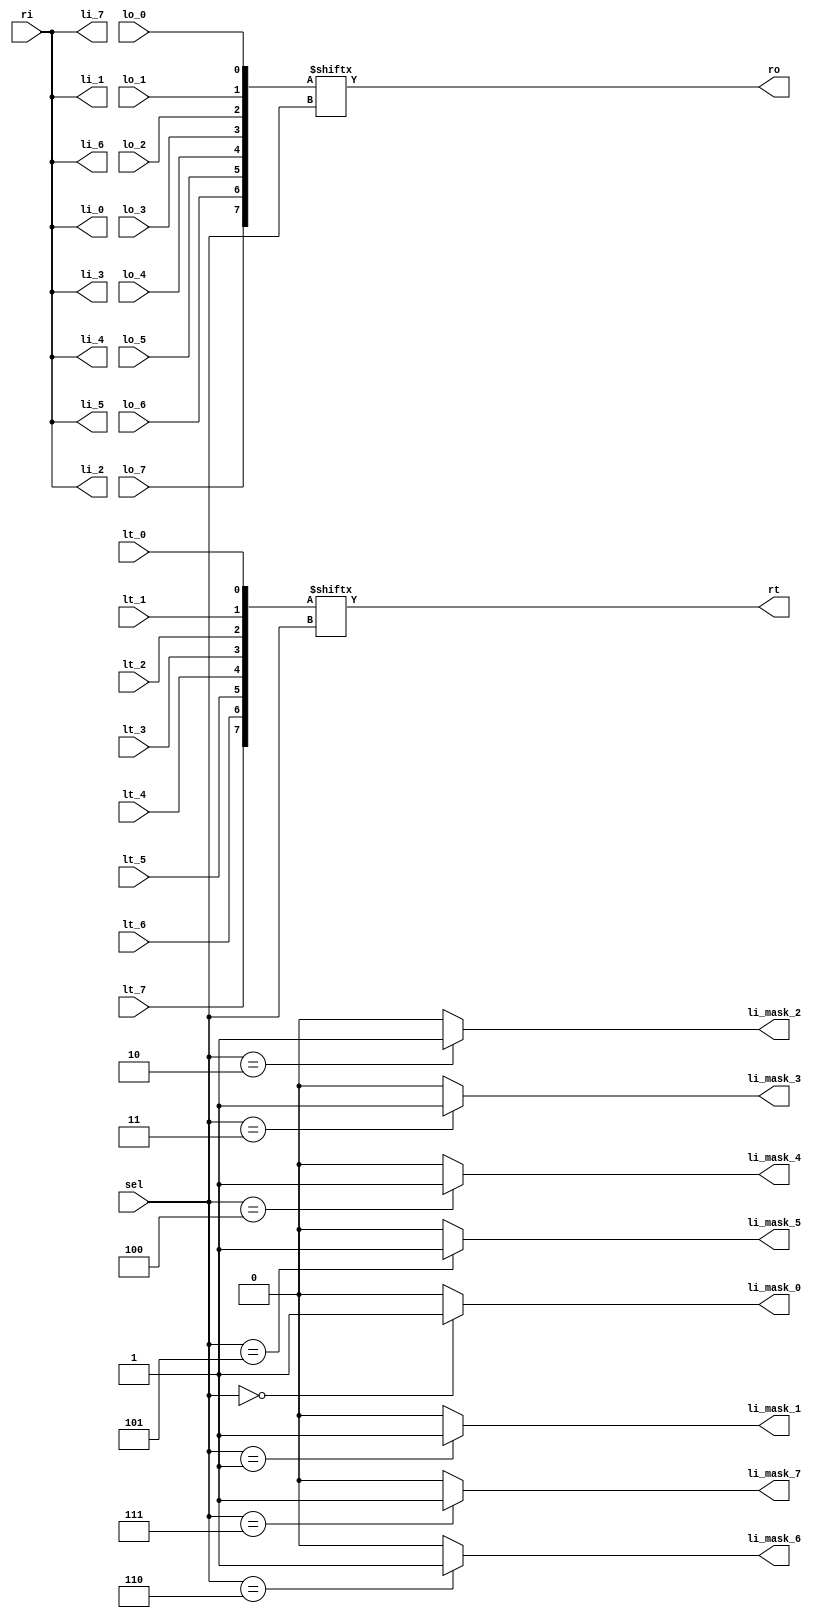
`timescale 1ns / 1ps
module io_mux #
(
    parameter C_NUM_OF_PIN = 8
) (

    input lo_0,
    input lt_0,
    output li_0,
    output li_mask_0,
    
    input lo_1,
    input lt_1,
    output li_1,
    output li_mask_1,
    
    input lo_2,
    input lt_2,
    output li_2,
    output li_mask_2,
    
    input lo_3,
    input lt_3,
    output li_3,
    output li_mask_3,
    
    input lo_4,
    input lt_4,
    output li_4,
    output li_mask_4,
    
    input lo_5,
    input lt_5,
    output li_5,
    output li_mask_5,
    
    input lo_6,
    input lt_6,
    output li_6,
    output li_mask_6,
    
    input lo_7,
    input lt_7,
    output li_7,
    output li_mask_7,

    input ri,
    output ro,
    output rt,

    input [3:0] sel
);

wire [7:0] li_mask;
wire [7:0] lo;
wire [7:0] lt;

assign lo = {lo_7, lo_6, lo_5, lo_4, lo_3, lo_2, lo_1, lo_0};
assign lt = {lt_7, lt_6, lt_5, lt_4, lt_3, lt_2, lt_1, lt_0};

assign li_mask_0 = li_mask[0];
assign li_mask_1 = li_mask[1];
assign li_mask_2 = li_mask[2];
assign li_mask_3 = li_mask[3];
assign li_mask_4 = li_mask[4];
assign li_mask_5 = li_mask[5];
assign li_mask_6 = li_mask[6];
assign li_mask_7 = li_mask[7];

assign li_0 = ri;
assign li_1 = ri;
assign li_2 = ri;
assign li_3 = ri;
assign li_4 = ri;
assign li_5 = ri;
assign li_6 = ri;
assign li_7 = ri;

assign ro = lo[sel];
assign rt = lt[sel];

genvar i;

for (i = 0; i < C_NUM_OF_PIN; i = i + 1) begin
    assign li_mask[i] = (sel == i)? 1'b1: 1'b0;
end

    
endmodule